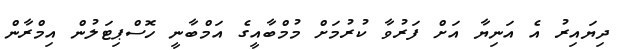
ދިޔައިރު އެ އަނިޔާ އަށް ފަރުވާ ކުރުމަށް މުމްބާއީގެ އަމްބާނީ ހޮސްޕިޓަލުން އިމްރާން